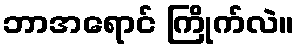
ဘာအရောင် ကြိုက်လဲ။